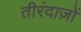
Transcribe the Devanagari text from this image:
तीरंदाज़ों